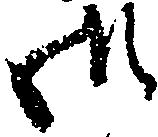
御